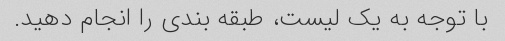
با توجه به یک لیست، طبقه بندی را انجام دهید.